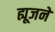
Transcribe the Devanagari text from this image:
ह्यूजने